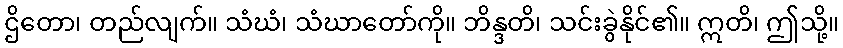
ဌိတော၊ တည်လျက်။ သံဃံ၊ သံဃာတော်ကို။ ဘိန္ဒတိ၊ သင်းခွဲနိုင်၏။ ဣတိ၊ ဤသို့။